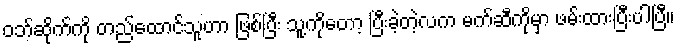
ဝဘ်ဆိုက်ကို တည်ထောင်သူဟာ ဖြစ်ပြီး သူ့ူကိုတော့ ပြီးခဲ့တဲ့လက မက်ဆီကိုမှာ ဖမ်းထားပြီးပါပြီ။